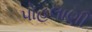
પોહલાણી